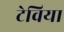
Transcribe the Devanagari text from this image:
टेविया